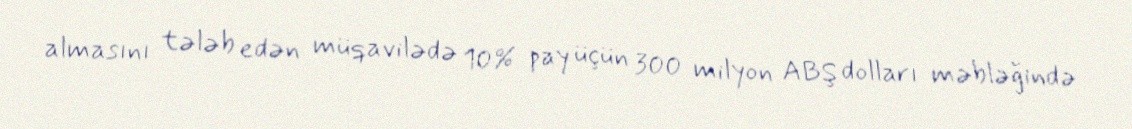
almasını tələb edən müqavilədə 10% pay üçün 300 milyon ABŞ dolları məbləğində